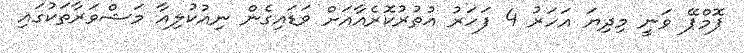
ޕޮމްޕޭ ވަނީ މިދިޔަ އަހަރު 4 ފަހަރު އުތުރުކޮރެެއާއަށް ވަޑައިގެން ނިއުކުލިއާ މަޝްވަރާތަކުގައި